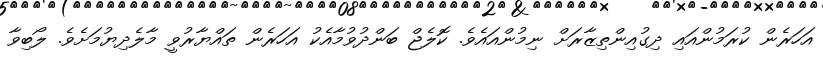
އަހަރެން ކުރަމުންއައި ދިގުއިންތިޒާރަށް ނިމުންއައެވެ. ކޮލެޖް ބަންދުވުމާއެކު އަހަރެން ތައްޔާރުވީ މާލެދިޔުމަށެވެ. ލޯބިވާ